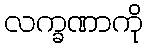
လက္ခဏာကို